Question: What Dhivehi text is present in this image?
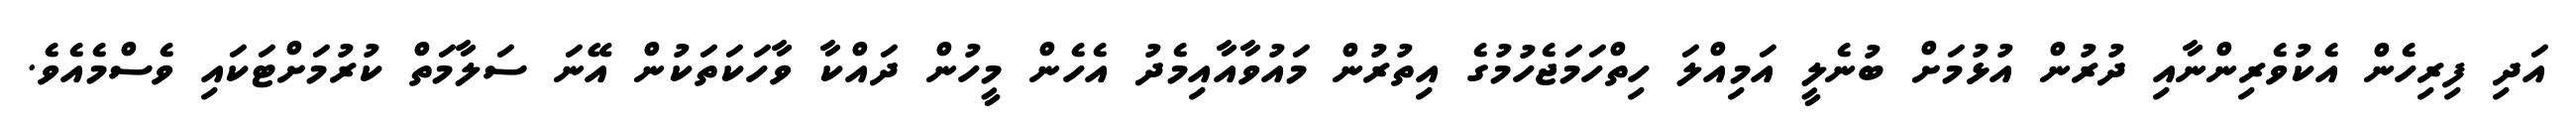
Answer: އަދި ފިރިހެން އެކުވެރިންނާއި ދުރުން އުޅުމަށް ބުނެލީ އަމިއްލަ ހިތްހަމަޖެހުމުގެ އިތުރުން މައުވާއާއިމެދު އެހެން މީހުން ދައްކާ ވާހަކަތަކުން އޭނަ ސަލާމަތް ކުރުމަށްޓަކައި ވެސްމެއެވެ.